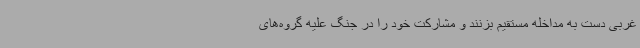
غربی دست به مداخله مستقیم بزنند و مشارکت خود را در جنگ علیه گروه‌های